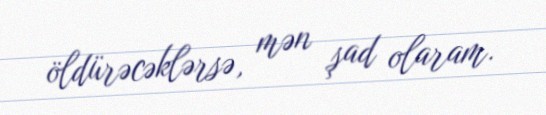
öldürəcəklərsə, mən şad olaram.